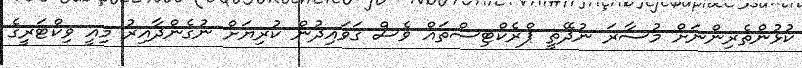
ކުޅުންތެރިންނަށް މުސާރަ ނުދޭތީ ޕްރެކްޓިސްތައް ވެސް ގަވައިދުން ކުރިޔަށް ނުގެންދާއިރު މިއީ ވިކްޓަރީގެ